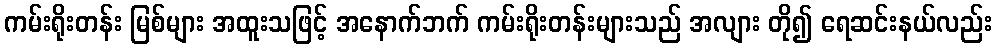
ကမ်းရိုးတန်း မြစ်များ အထူးသဖြင့် အနောက်ဘက် ကမ်းရိုးတန်းများသည် အလျား တို၍ ရေဆင်းနယ်လည်း